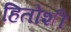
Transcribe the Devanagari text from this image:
हितोशी